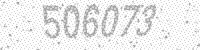
Solution: 506073